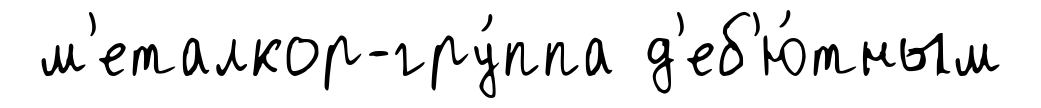
м'еталкор-гру́ппа д'еб'ю́тным